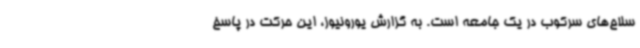
سلاح‌های سرکوب در یک جامعه است. به گزارش یورونیوز، این حرکت در پاسخ